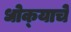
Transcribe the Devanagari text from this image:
धोक्‍याचे